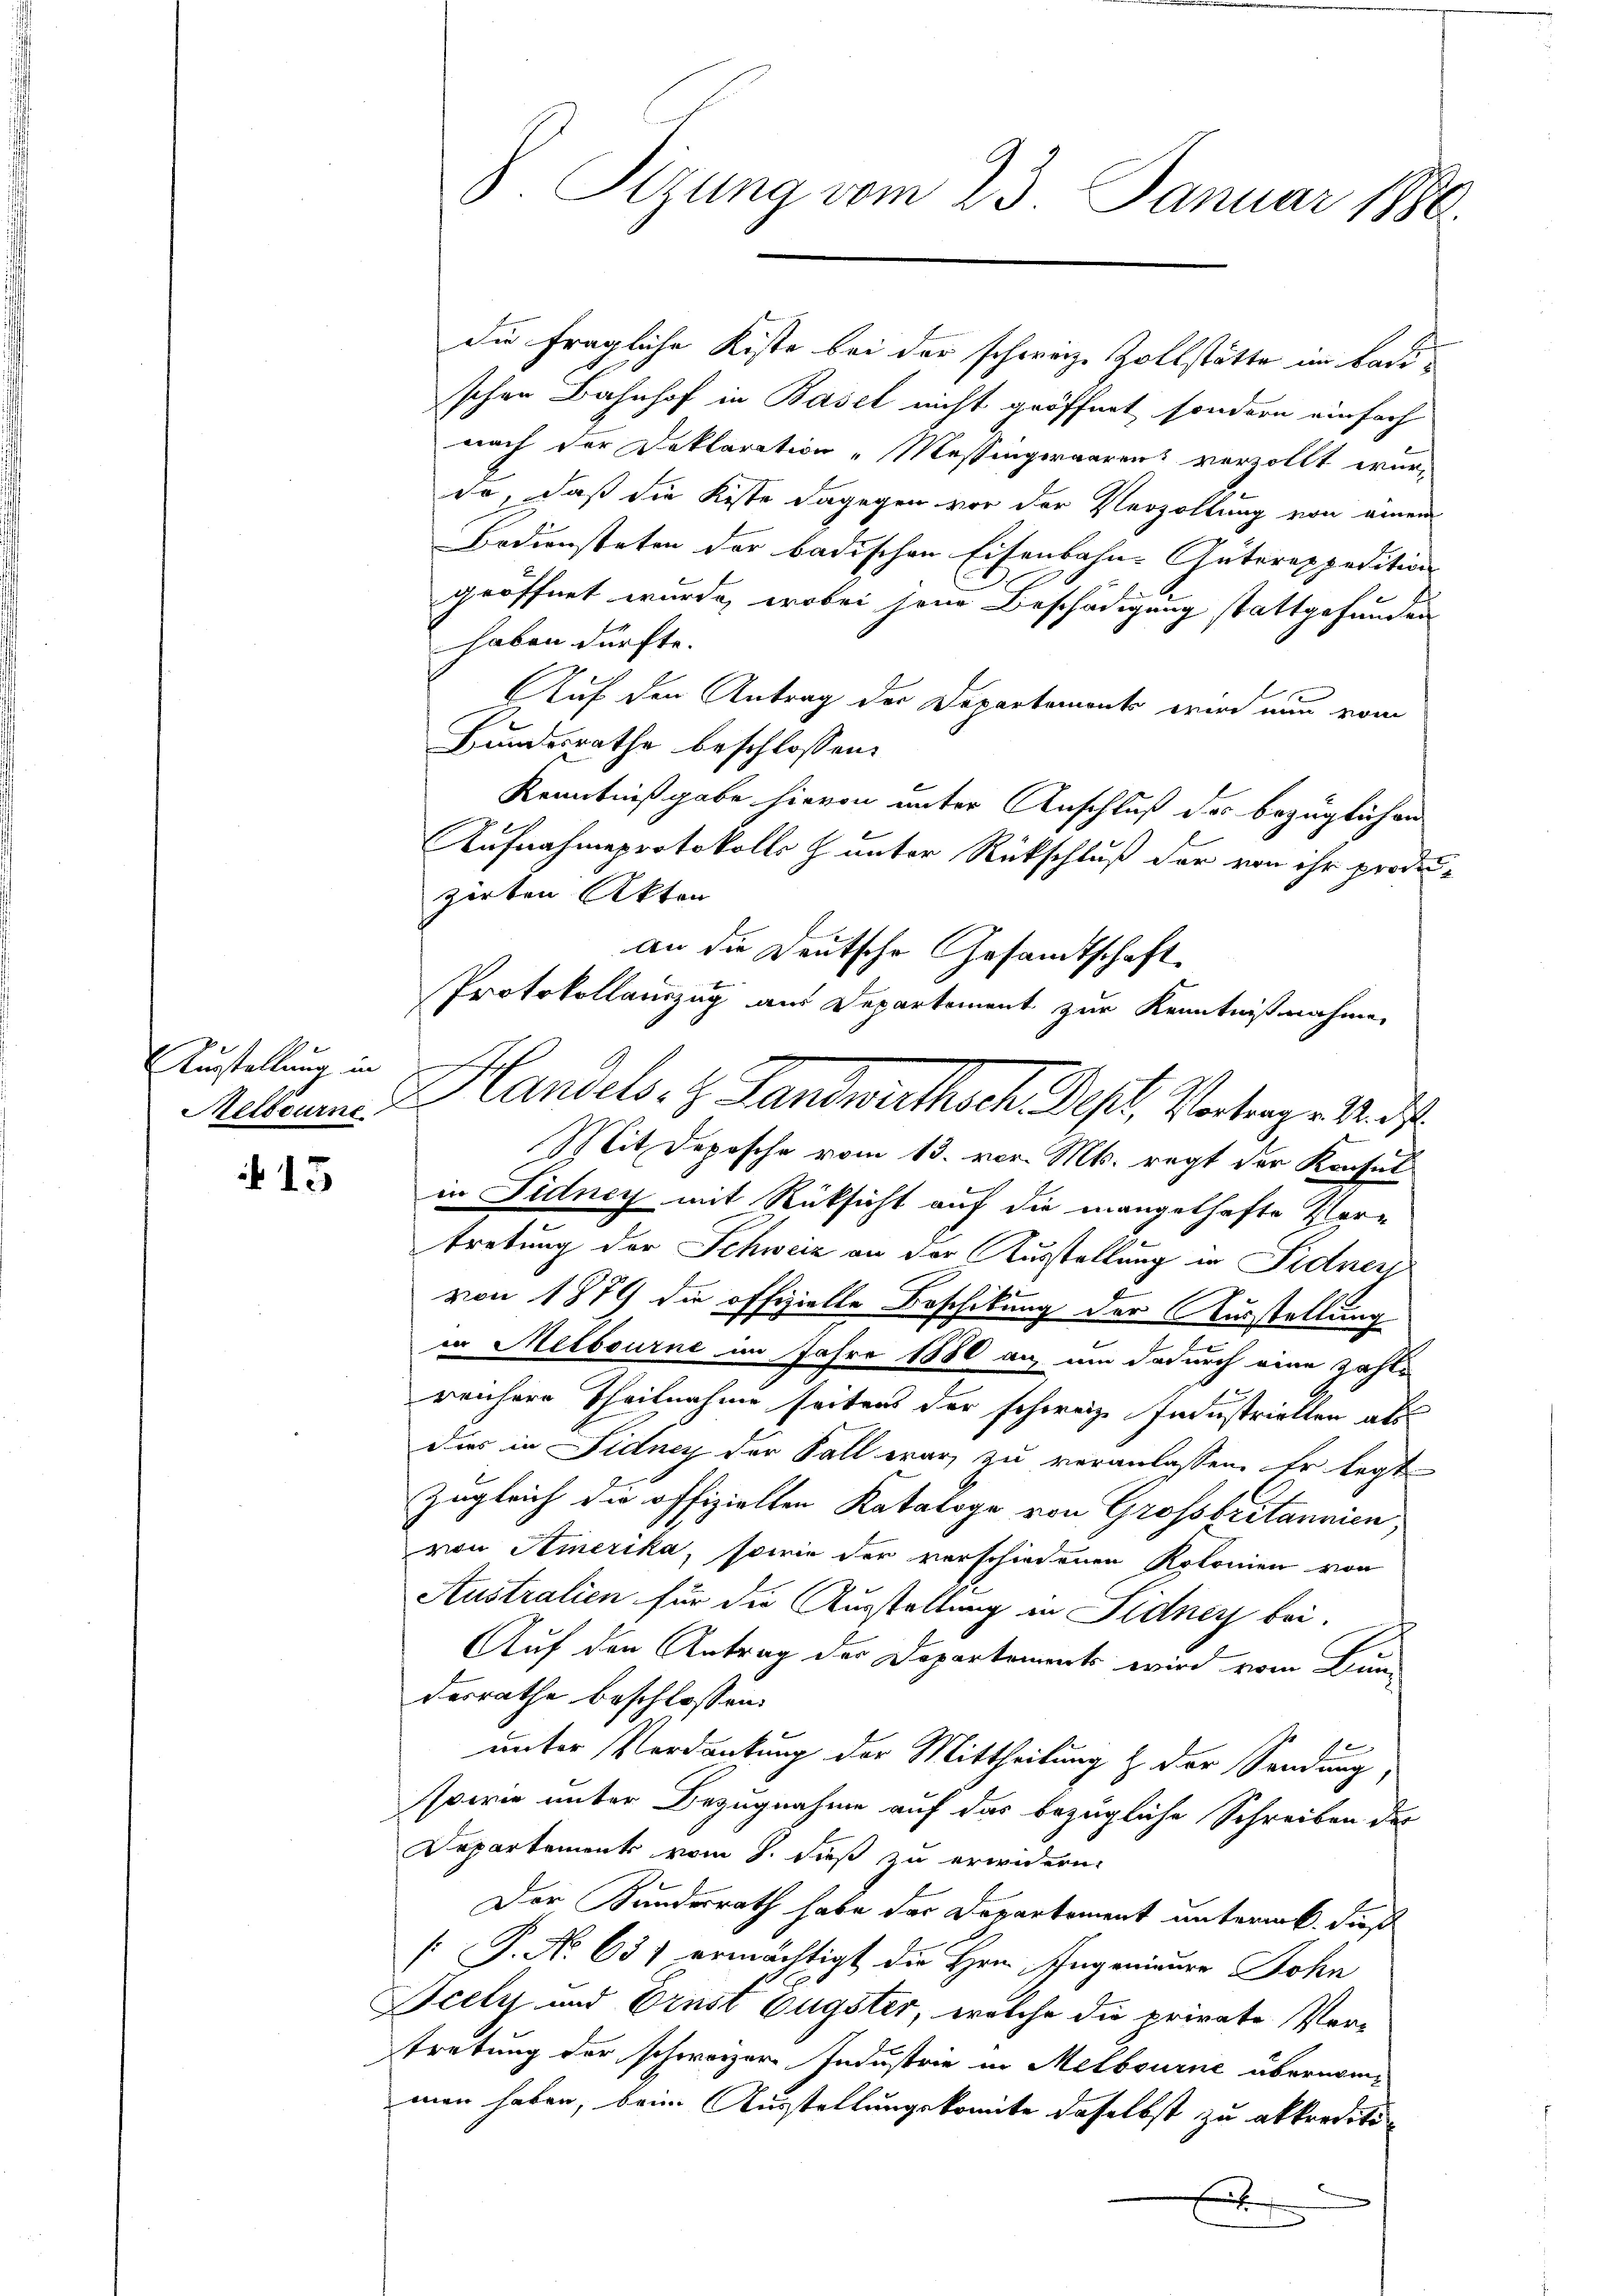
Austellung in

15

Du fragliche Kiste bei der schweiz. Zollstätte im Badischen Bahnhof in Basel nicht geöffnet, sondern einfach
nach der Deklaration „Messingeraaren verzollt wurde, daß die Kiste dagegen vor der Verzöllung von einem
Bediensteten der badischen Eisenbahne Güterappedition
geöffnet wurde, wobei jene Beschädigung stattgefunden
haben dürfte.
Auf den Antrag der Departements wird nun vom
Bundesrathe beschlossen:
Kenntnißgabe hievon unter Anschluß des bezüglichen
Aufnahmeprotokolls h unter Rückschluß der von ihr produ-
zörten Akten
Mit Deposche vom 13. vor. Mts. regt der Konsul
in Fidney mit Rücksicht auf die mangelhafte Vortretung der Schweiz an der Ausstellung in Fidners
von 1879 die offizielle Beschikung der Ausstellung
in Melbourne im Jahre 1880 an um dadurch eine zahle
reichere Theilnahme seitens der schweiz. Industriellen als
dies in Fidney der Fall war, zu veranlassen. Er legt
Zugleich die offizielten Kataloge von Grossbritannien,
von Amerika, sowie der verschiedenen Kolonien von
Australien für die Ausstellung in Fidner bei.
Auf den Antrag der Departements wird vom Bunderrathe beschlossen:
unter Verdankung der Mittheilung & der Sendung,
sowie unter Bezugnahme auf das bezügliche Schreiben des
Departement vom 8. dieß zu erwidern.
Der Kundesrath habe der Departement unterm 6. dieß
[ P. No 657 ermächtigt die Hrn. Ingenieure Sohn
Scely und Ernst Eugster, welche die private Pertretung der schweizer Industrie in Melbourne übernomman haben, beim Ausstellungskomite daselbst zu akkreditif

S. Tizung vom 23. Januar 1886.

an die Deutsche Gesandtschaft
Protokollauszug aus Departement zur Kenntnißnahme
Metern Handels. z. Landwirthsch Pest. Vortrage Aus